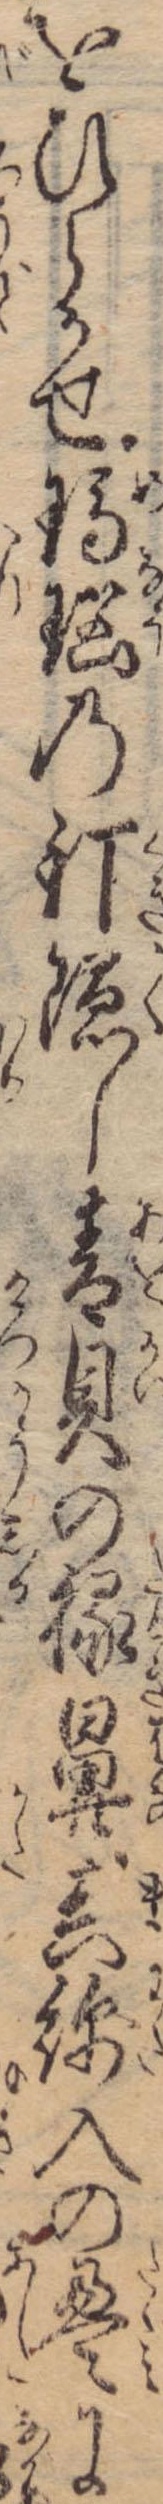
をひらかせ瑪瑙の釘隠し青貝の椽鼻真綿入の畳に